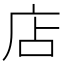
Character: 店